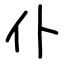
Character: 仆